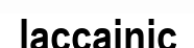
laccainic